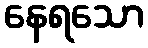
နေရသော